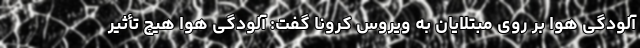
آلودگی هوا بر روی مبتلایان به ویروس کرونا گفت: آلودگی هوا هیچ تأثیر